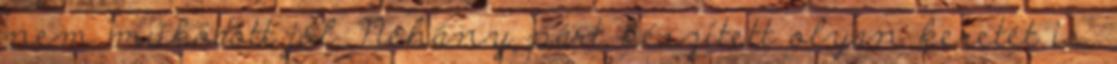
nem működött jól. Néhány párt készített olyan keretet is,